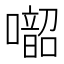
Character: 𱕑